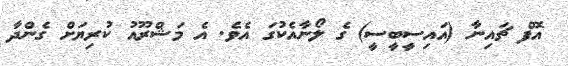
އޮފް ޗައިނާ (އައިސީބީސީ) ގެ ލޯނާއެކުގަ އެވެ. އެ މަޝްރޫއު ކުރިޔަށް ގެންދާ